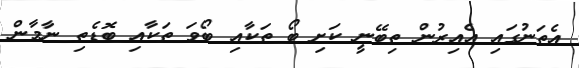
އެތަނުގައި އެއިރުން ތިބޭނީ ކަށި ބޯ ތަކާއި ބޯވަ ތަކާއި ބޮޑެތި ނާމާން